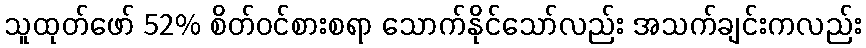
သူထုတ်ဖော် 52% စိတ်ဝင်စားစရာ သောက်နိုင်သော်လည်း အသက်ချင်းကလည်း